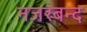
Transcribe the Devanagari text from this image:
नजरबन्‍द